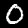
Label: 0